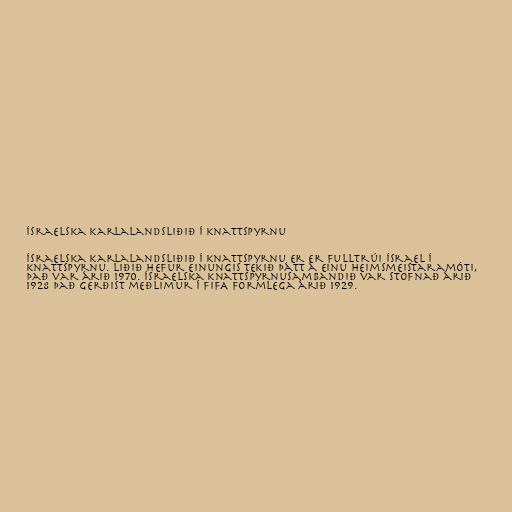
Ísraelska karlalandsliðið í knattspyrnu

Ísraelska karlalandsliðið í knattspyrnu er er fulltrúi Ísrael í
knattspyrnu. Liðið hefur einungis tekið þátt á einu heimsmeistaramóti,
það var árið 1970. Ísraelska knattspyrnusambandið var stofnað árið
1928 það gerðist meðlimur í FIFA formlega árið 1929.